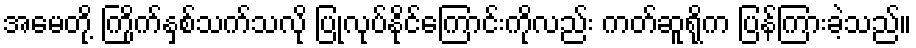
အမေတို့ ကြိုက်နှစ်သက်သလို ပြုလုပ်နိုင်ကြောင်းကိုလည်း ကတ်ဆူရိုက ပြန်ကြားခဲ့သည်။